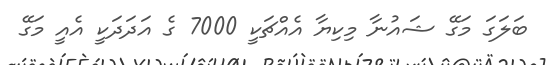
ބަލަގަ މަގޭ ޝައުނާ މިކިޔާ އެއްޗަކީ 7000 ގެ އަދަދަކީ އެއީ މަގޭ